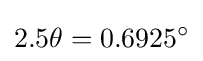
2.5\theta =0.6925^{\circ }